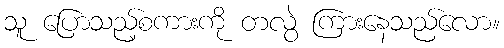
သူ ပြောသည့်စကားကို တလွဲ ကြားနေသည်လော။